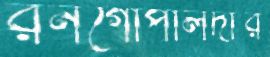
রনগোপালদীর